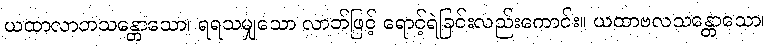
ယထာလာဘသန္တောသော၊ ရရသမျှသော လာဘ်ဖြင့် ရောင့်ရဲခြင်းလည်းကောင်း။ ယထာဗလသန္တောသော၊